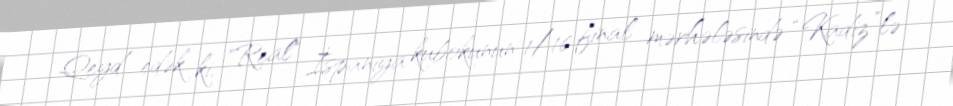
Qeyd edək ki, "Real" İspaniya kubokunun 1/16 final mərhələsində “Kadiz”lə